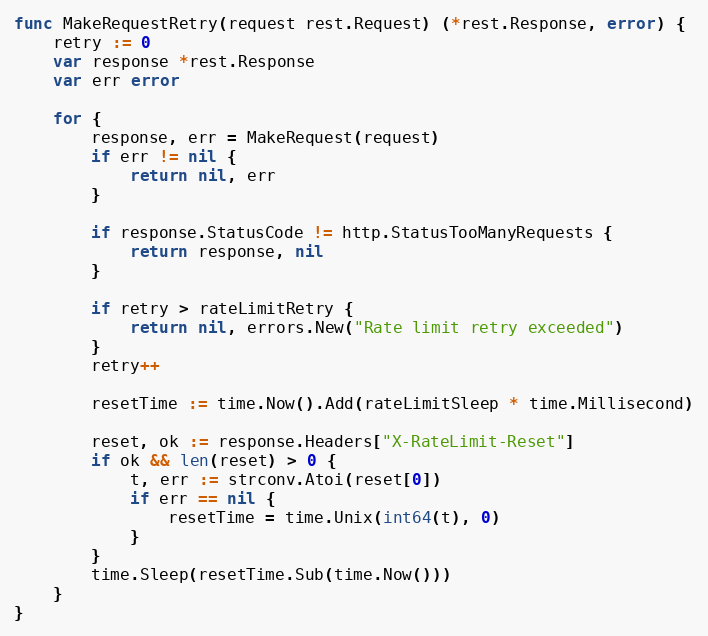
Language: Go
func MakeRequestRetry(request rest.Request) (*rest.Response, error) {
	retry := 0
	var response *rest.Response
	var err error

	for {
		response, err = MakeRequest(request)
		if err != nil {
			return nil, err
		}

		if response.StatusCode != http.StatusTooManyRequests {
			return response, nil
		}

		if retry > rateLimitRetry {
			return nil, errors.New("Rate limit retry exceeded")
		}
		retry++

		resetTime := time.Now().Add(rateLimitSleep * time.Millisecond)

		reset, ok := response.Headers["X-RateLimit-Reset"]
		if ok && len(reset) > 0 {
			t, err := strconv.Atoi(reset[0])
			if err == nil {
				resetTime = time.Unix(int64(t), 0)
			}
		}
		time.Sleep(resetTime.Sub(time.Now()))
	}
}